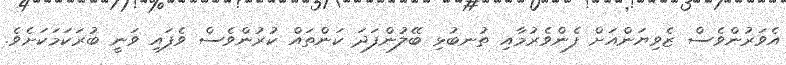
އެވަރުންވެސް ޒެވިޔަންއަށް ފެންވެރުމާއި ތުނބުޅި ބޭލުންފަދަ ކަންތައް ކުރުންވެސް ވެފައި ވަނީ ބުރަކަމަކަށެވެ.